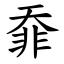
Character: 䨿